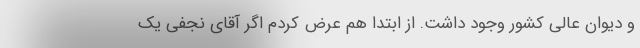
و دیوان عالی کشور وجود داشت. از ابتدا هم عرض کردم اگر آقای نجفی یک